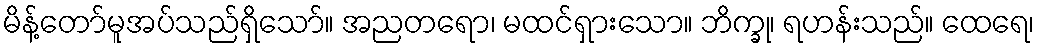
မိန့်တော်မူအပ်သည်ရှိသော်။ အညတရော၊ မထင်ရှားသော။ ဘိက္ခု၊ ရဟန်းသည်။ ထေရေ၊